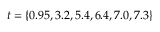
t = \{ 0 . 9 5 , 3 . 2 , 5 . 4 , 6 . 4 , 7 . 0 , 7 . 3 \}